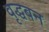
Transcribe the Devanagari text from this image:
वृद्धबन